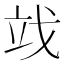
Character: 䇅